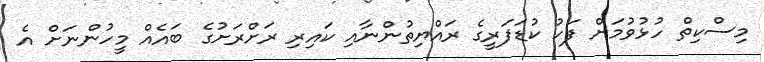
މިސްކިތް ހުޅުވުމަށް ފަހު ކުޑަފަރީގެ ރައްޔިތުންނާއި ކައިރި ރަށްރަށުގެ ބައެއް މީހުންނަށް އެ